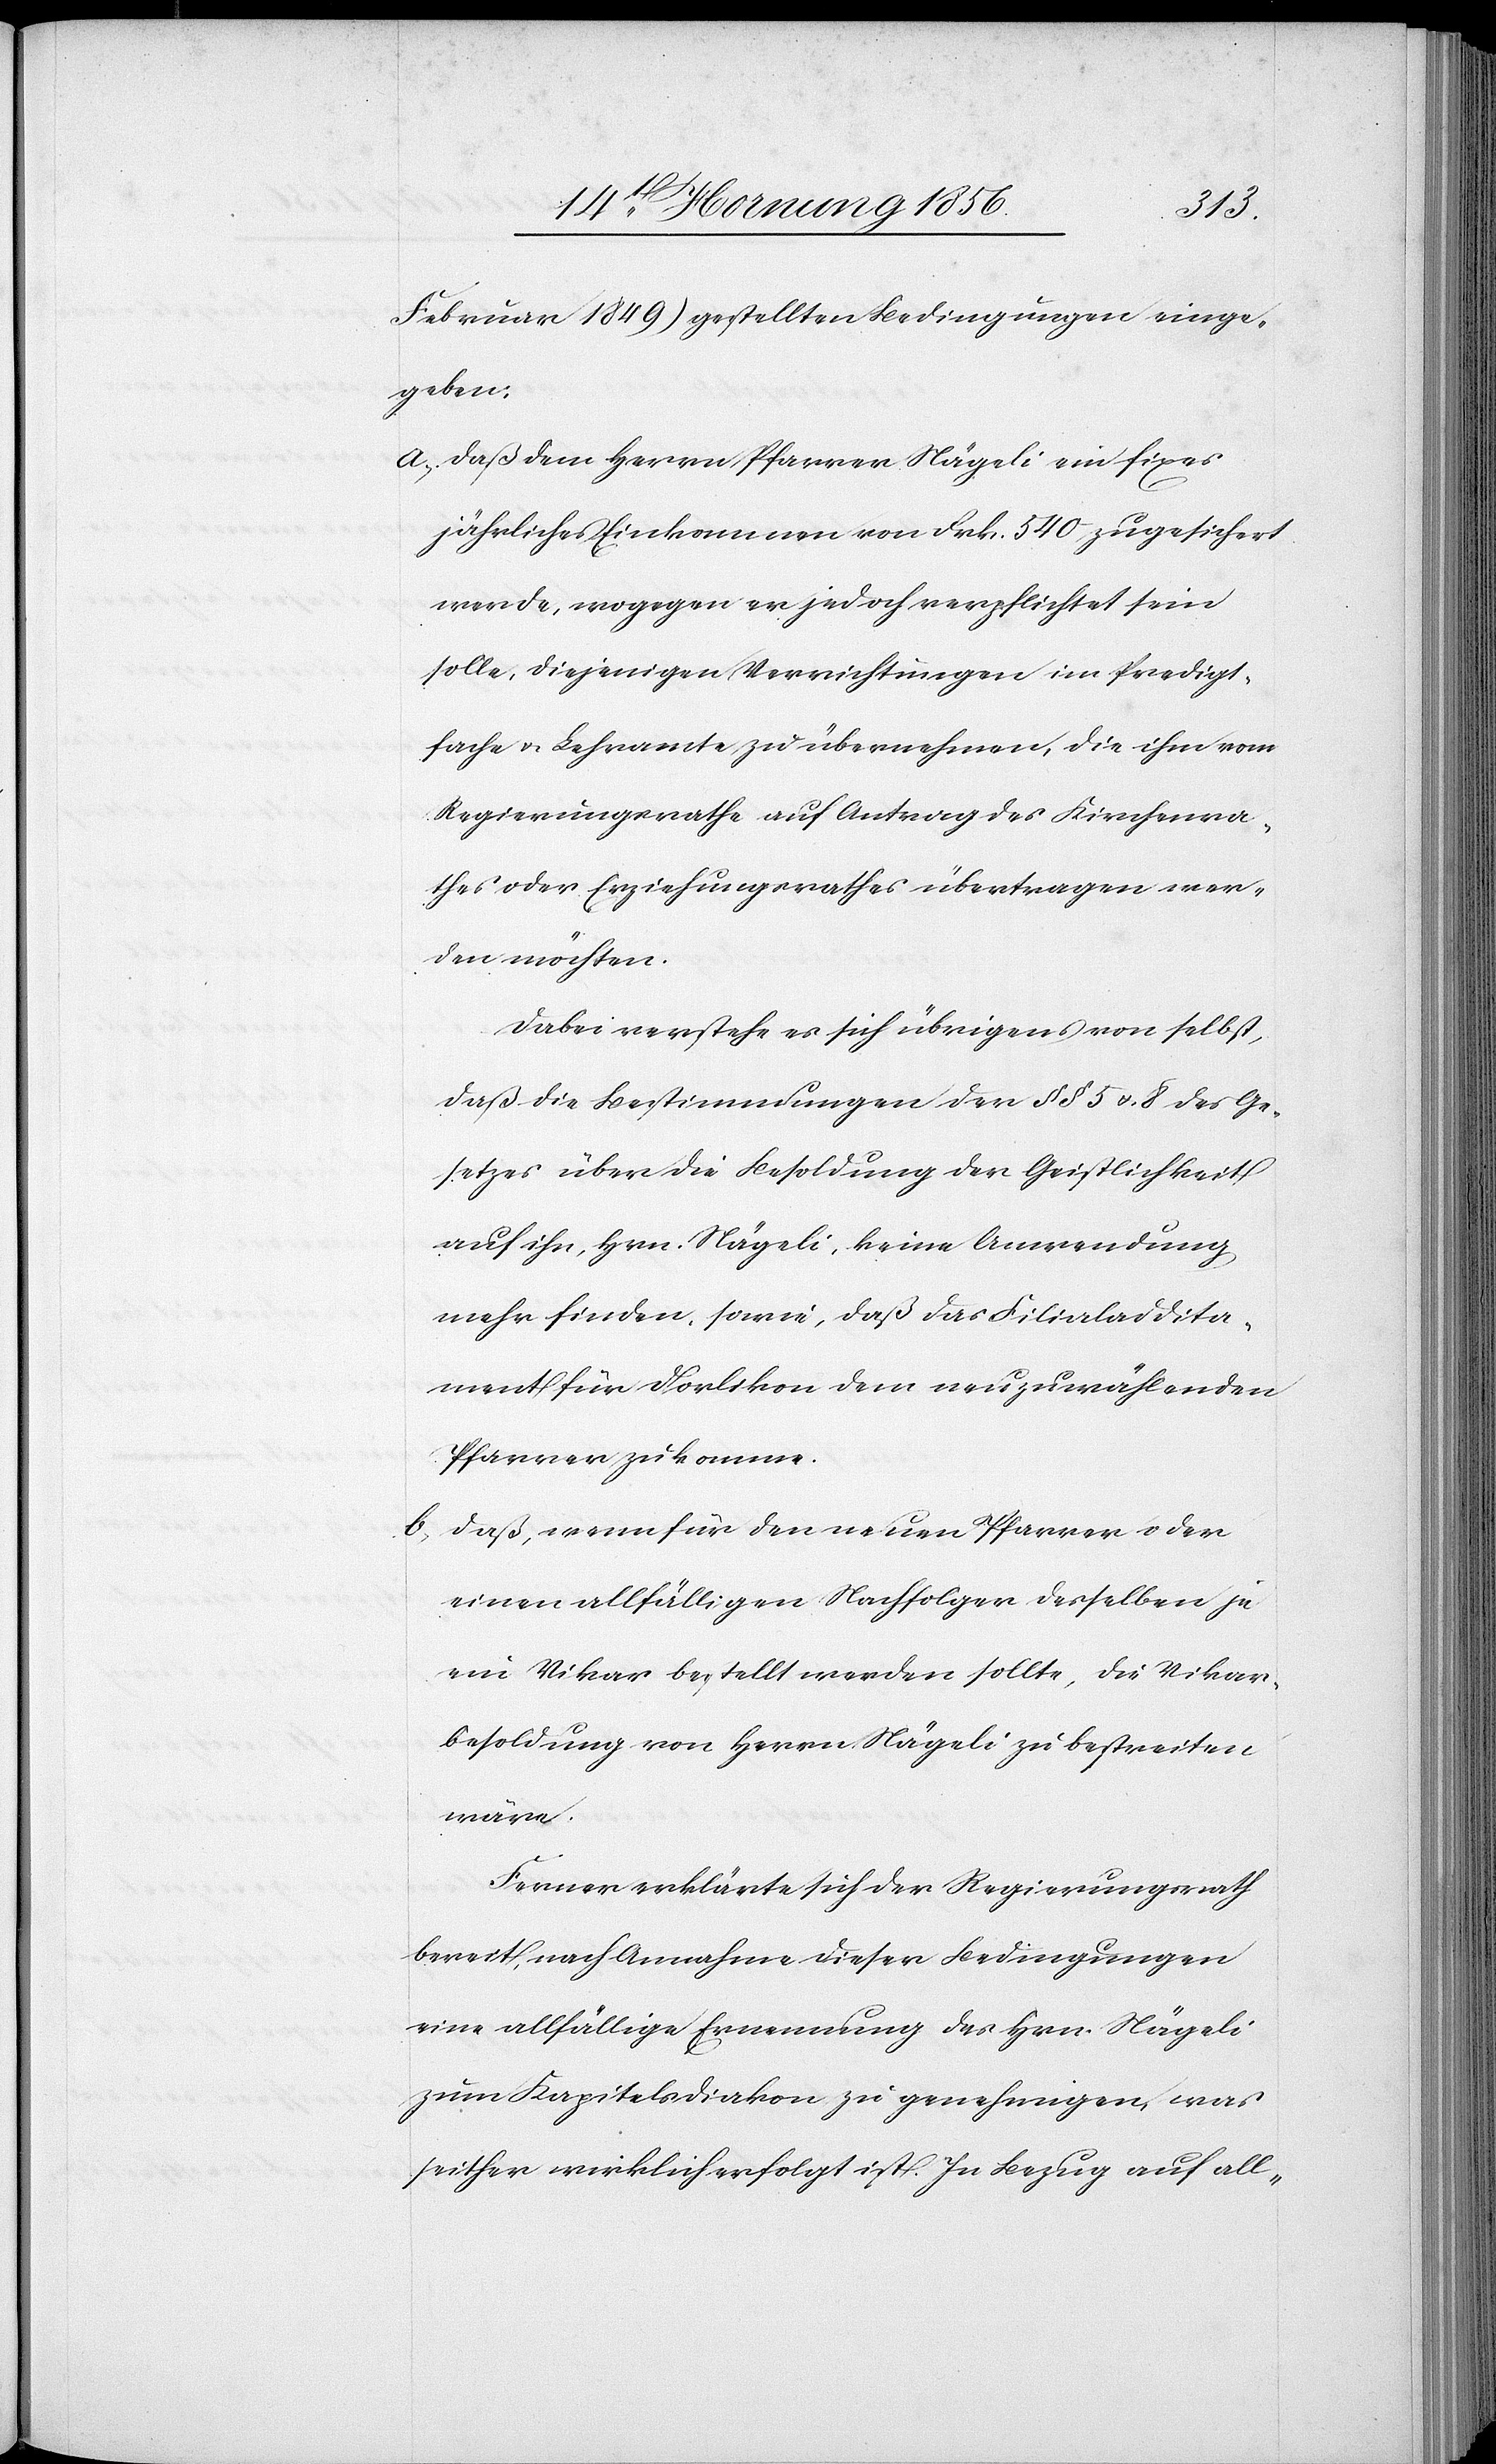
Februar 1849) gestellten Bedingungen einge¬
geben:
a., Daß dem Herrn Pfarrer Nägeli ein fixes
jährliches Einkommen von Frk. 540 zugesichert
werde, wogegen er jedoch verpflichtet sein
solle, diejenigen Verrichtungen in Predigt¬
sache u. Lehramte zu übernehmen, die ihm vom
Regierungsrathe auf Antrag des Kirchenra¬
thes oder Erziehungsrathes übertragen wer¬
den möchten.
Dabei verstehe es sich übrigens von selbst,
daß die Bestimmungen der §§ 5 u. 8 des Ge¬
setzes über die Besoldung der Geistlichkeit
auf ihn, Hrn. Nägeli, keine Anwendung
mehr finden, sowie, daß das Filialaddita¬
ment für Dorlikon dem neuzuwählenden
Pfarrer zukomme.
b., Daß, wenn für den neuen Pfarrer oder
einen allfälligen Nachfolger desselben je
ein Vikar bestellt werden sollte, die Vikar¬
besoldung von Herrn Nägeli zu bestreiten
wäre.
Ferner erklärte sich der Regierungsrath
bereit, nach Annahme dieser Bedingungen
eine allfällige Ernennung des Hrn. Nägeli
zum Kapitelsdiakon zu genehmigen, was
seither wirklich erfolgt ist. In Bezug auf all-